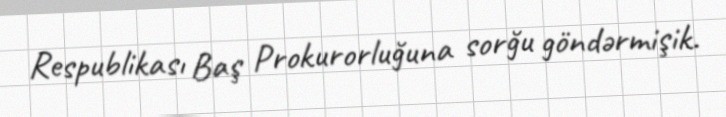
Respublikası Baş Prokurorluğuna sorğu göndərmişik.